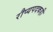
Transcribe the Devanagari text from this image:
रौप्यपदकही